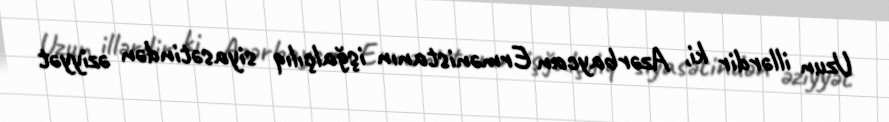
Uzun illərdir ki, Azərbaycan Ermənistanın işğalçılıq siyasətindən əziyyət